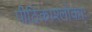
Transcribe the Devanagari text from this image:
पीठिकाश्लोकाः